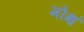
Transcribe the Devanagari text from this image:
मोक्षं